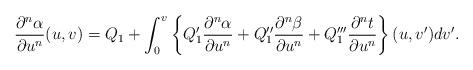
LaTeX: \begin{align*} \frac{\partial^n\alpha}{\partial u^n}(u,v)=Q_1+\int_0^v\left\{Q_1'\frac{\partial^n\alpha}{\partial u^n}+Q_1''\frac{\partial^n\beta}{\partial u^n}+Q_1'''\frac{\partial^nt}{\partial u^n}\right\}(u,v')dv'.\end{align*}